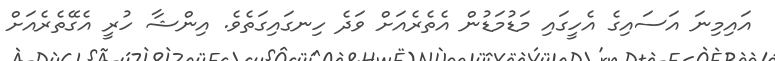
އައިމިނަ އަސައިގެ އެހީގައި މަޑުމަޑުން އެތެރެއަށް ވަދެ ހިނގައިގަތެވެ. އިންޝާ ހުރީ އެގޭތެރެއަށް